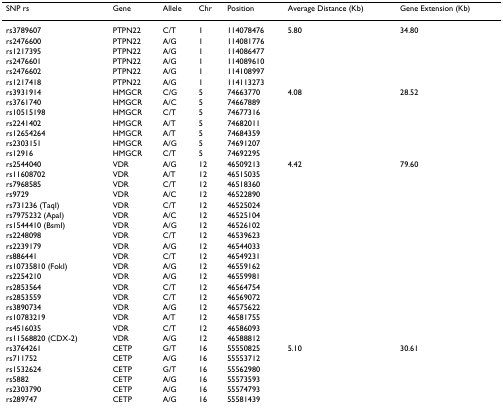
<table><thead><tr><td><b>SNP rs</b></td><td><b>Gene</b></td><td><b>Allele</b></td><td><b>Chr</b></td><td><b>Position</b></td><td><b>Average Distance (Kb)</b></td><td><b>Gene Extension (Kb)</b></td></tr></thead><tbody><tr><td>rs3789607</td><td>PTPN22</td><td>C/T</td><td>1</td><td>114078476</td><td>5.80</td><td>34.80</td></tr><tr><td>rs2476600</td><td>PTPN22</td><td>A/G</td><td>1</td><td>114081776</td><td></td><td></td></tr><tr><td>rs1217395</td><td>PTPN22</td><td>A/G</td><td>1</td><td>114086477</td><td></td><td></td></tr><tr><td>rs2476601</td><td>PTPN22</td><td>A/G</td><td>1</td><td>114089610</td><td></td><td></td></tr><tr><td>rs2476602</td><td>PTPN22</td><td>A/G</td><td>1</td><td>114108997</td><td></td><td></td></tr><tr><td>rs1217418</td><td>PTPN22</td><td>A/G</td><td>1</td><td>114113273</td><td></td><td></td></tr><tr><td>rs3931914</td><td>HMGCR</td><td>C/G</td><td>5</td><td>74663770</td><td>4.08</td><td>28.52</td></tr><tr><td>rs3761740</td><td>HMGCR</td><td>A/C</td><td>5</td><td>74667889</td><td></td><td></td></tr><tr><td>rs10515198</td><td>HMGCR</td><td>C/T</td><td>5</td><td>74677316</td><td></td><td></td></tr><tr><td>rs2241402</td><td>HMGCR</td><td>A/T</td><td>5</td><td>74682011</td><td></td><td></td></tr><tr><td>rs12654264</td><td>HMGCR</td><td>A/T</td><td>5</td><td>74684359</td><td></td><td></td></tr><tr><td>rs2303151</td><td>HMGCR</td><td>A/G</td><td>5</td><td>74691207</td><td></td><td></td></tr><tr><td>rs12916</td><td>HMGCR</td><td>C/T</td><td>5</td><td>74692295</td><td></td><td></td></tr><tr><td>rs2544040</td><td>VDR</td><td>A/G</td><td>12</td><td>46509213</td><td>4.42</td><td>79.60</td></tr><tr><td>rs11608702</td><td>VDR</td><td>A/T</td><td>12</td><td>46515035</td><td></td><td></td></tr><tr><td>rs7968585</td><td>VDR</td><td>C/T</td><td>12</td><td>46518360</td><td></td><td></td></tr><tr><td>rs9729</td><td>VDR</td><td>A/C</td><td>12</td><td>46522890</td><td></td><td></td></tr><tr><td>rs731236 (TaqI)</td><td>VDR</td><td>C/T</td><td>12</td><td>46525024</td><td></td><td></td></tr><tr><td>rs7975232 (ApaI)</td><td>VDR</td><td>A/C</td><td>12</td><td>46525104</td><td></td><td></td></tr><tr><td>rs1544410 (BsmI)</td><td>VDR</td><td>A/G</td><td>12</td><td>46526102</td><td></td><td></td></tr><tr><td>rs2248098</td><td>VDR</td><td>C/T</td><td>12</td><td>46539623</td><td></td><td></td></tr><tr><td>rs2239179</td><td>VDR</td><td>A/G</td><td>12</td><td>46544033</td><td></td><td></td></tr><tr><td>rs886441</td><td>VDR</td><td>C/T</td><td>12</td><td>46549231</td><td></td><td></td></tr><tr><td>rs10735810 (FokI)</td><td>VDR</td><td>A/G</td><td>12</td><td>46559162</td><td></td><td></td></tr><tr><td>rs2254210</td><td>VDR</td><td>A/G</td><td>12</td><td>46559981</td><td></td><td></td></tr><tr><td>rs2853564</td><td>VDR</td><td>C/T</td><td>12</td><td>46564754</td><td></td><td></td></tr><tr><td>rs2853559</td><td>VDR</td><td>C/T</td><td>12</td><td>46569072</td><td></td><td></td></tr><tr><td>rs3890734</td><td>VDR</td><td>A/G</td><td>12</td><td>46575622</td><td></td><td></td></tr><tr><td>rs10783219</td><td>VDR</td><td>A/T</td><td>12</td><td>46581755</td><td></td><td></td></tr><tr><td>rs4516035</td><td>VDR</td><td>C/T</td><td>12</td><td>46586093</td><td></td><td></td></tr><tr><td>rs11568820 (CDX-2)</td><td>VDR</td><td>A/G</td><td>12</td><td>46588812</td><td></td><td></td></tr><tr><td>rs3764261</td><td>CETP</td><td>G/T</td><td>16</td><td>55550825</td><td>5.10</td><td>30.61</td></tr><tr><td>rs711752</td><td>CETP</td><td>A/G</td><td>16</td><td>55553712</td><td></td><td></td></tr><tr><td>rs1532624</td><td>CETP</td><td>G/T</td><td>16</td><td>55562980</td><td></td><td></td></tr><tr><td>rs5882</td><td>CETP</td><td>A/G</td><td>16</td><td>55573593</td><td></td><td></td></tr><tr><td>rs2303790</td><td>CETP</td><td>A/G</td><td>16</td><td>55574793</td><td></td><td></td></tr><tr><td>rs289747</td><td>CETP</td><td>A/G</td><td>16</td><td>55581439</td><td></td><td></td></tr></tbody></table>